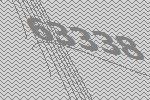
63338